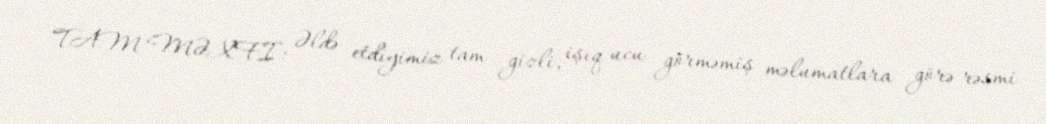
TAM MƏXFİ: Əldə etdiyimiz tam gizli, işıq ucu görməmiş məlumatlara görə rəsmi